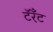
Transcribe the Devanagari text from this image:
टॅरँट